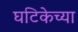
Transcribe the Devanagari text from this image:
घटिकेच्या